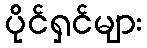
ပိုင်ရှင်များ